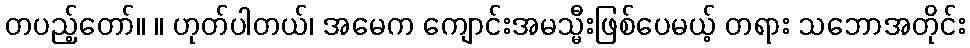
တပည့်တော်။ ။ ဟုတ်ပါတယ်၊ အမေက ကျောင်းအမသ္မီးဖြစ်ပေမယ့် တရား သဘောအတိုင်း